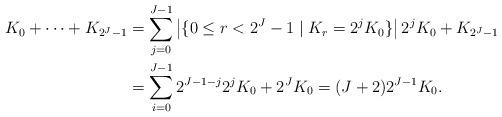
LaTeX: \begin{align*}K_0+\dots+K_{2^J-1}&=\sum_{j=0}^{J-1} \left |\{0\leq r < 2^J - 1 \;|\; K_r= 2^j K_0 \}\right | 2^jK_0+K_{2^J-1}\\&=\sum_{i=0}^{J-1}2^{J-1-j}2^j K_0+2^J K_0=(J+2)2^{J-1}K_0.\end{align*}